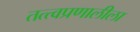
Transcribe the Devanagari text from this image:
तत्त्वप्रणालीला